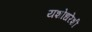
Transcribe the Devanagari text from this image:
यशोधरेशी